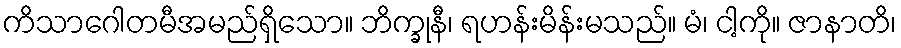
ကိသာဂေါတမီအမည်ရှိသော။ ဘိက္ခုနီ၊ ရဟန်းမိန်းမသည်။ မံ၊ ငါ့ကို။ ဇာနာတိ၊